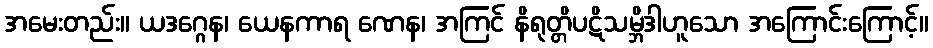
အမေးတည်း။ ယဒဂ္ဂေန၊ ယေနကာရ ဏေန၊ အကြင် နိရုတ္တိပဋိသမ္ဘိဒါဟူသော အကြောင်းကြောင့်။